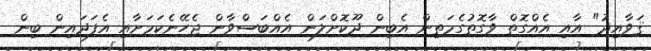
ޤަވާއިދު" އާއި އެއްގޮތް ވާގޮތުގެމަތިން އެބިން ދޫކޮށްލަން އެއްބަސްވާން ޖެހޭނެކަމަށާއި އެފަދައިން ބިން